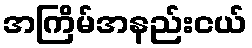
အကြိမ်အနည်းငယ်